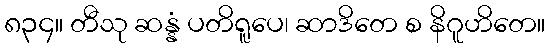
၈၃၄။ တီသု ဆန္နံ ပတိရူပေ၊ ဆာဒိတေ စ နိဂူဟိတေ။